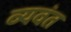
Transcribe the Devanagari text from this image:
व्यवंत